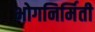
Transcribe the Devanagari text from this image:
भोगनिर्मिती